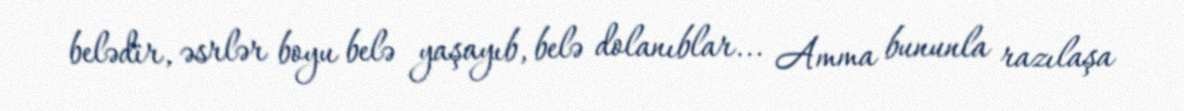
belədir, əsrlər boyu belə yaşayıb, belə dolanıblar... Amma bununla razılaşa